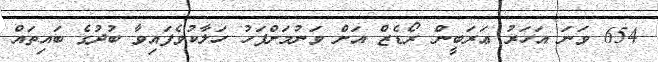
654 ވަނަ އަހަރު ޢަރަބީން ރޯޑެޒް އަށް ވަނުމަށްފަހު ހަލާކުވެފައިވާ ބުދުގެ ބައިތައް